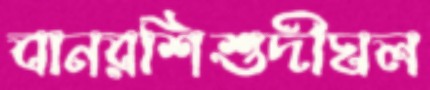
বানরশিশুদীঘল